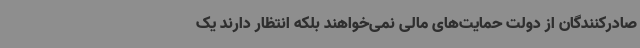
صادرکنندگان از دولت حمایت‌های مالی نمی‌خواهند بلکه انتظار دارند یک